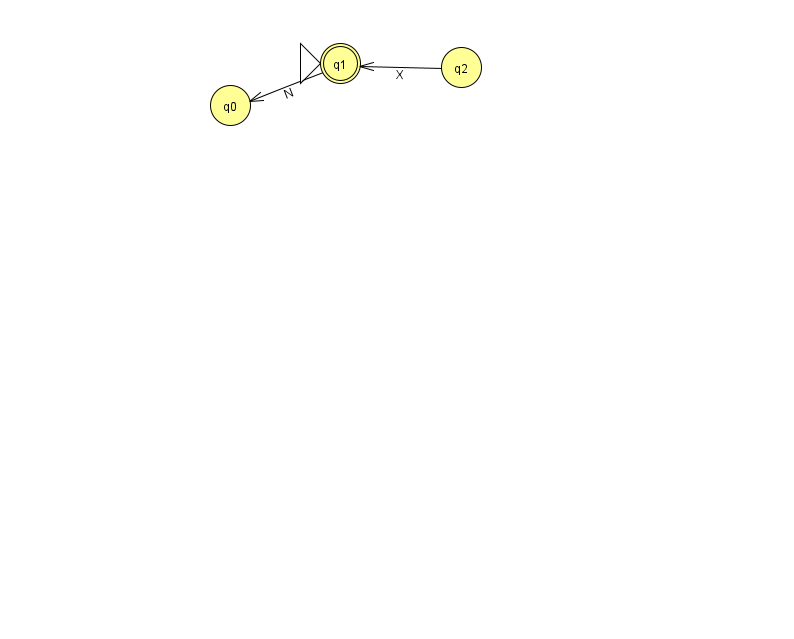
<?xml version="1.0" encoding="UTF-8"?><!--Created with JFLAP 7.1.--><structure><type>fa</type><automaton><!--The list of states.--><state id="0" name="q0"><x>230.0</x><y>92.0</y></state><state id="1" name="q1"><x>340.0</x><y>50.0</y><initial/><final/></state><state id="2" name="q2"><x>461.0</x><y>54.0</y></state><!--The list of transitions.--><transition><from>2</from><to>1</to><read>X</read></transition><transition><from>1</from><to>0</to><read>N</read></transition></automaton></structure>